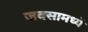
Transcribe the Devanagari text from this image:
जवसामध्ये